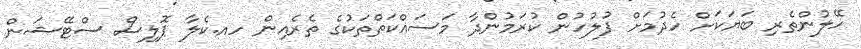
ހޭލުންތެރި ބަޔަކަށް ހެދުމަށް ފުލުހުން ކުރަމުންދާ މަސައްކަތްތަކުގެ ތެރެއިން ހއ.ކެލާ ޕޮލިސް ސްޓޭޝަން